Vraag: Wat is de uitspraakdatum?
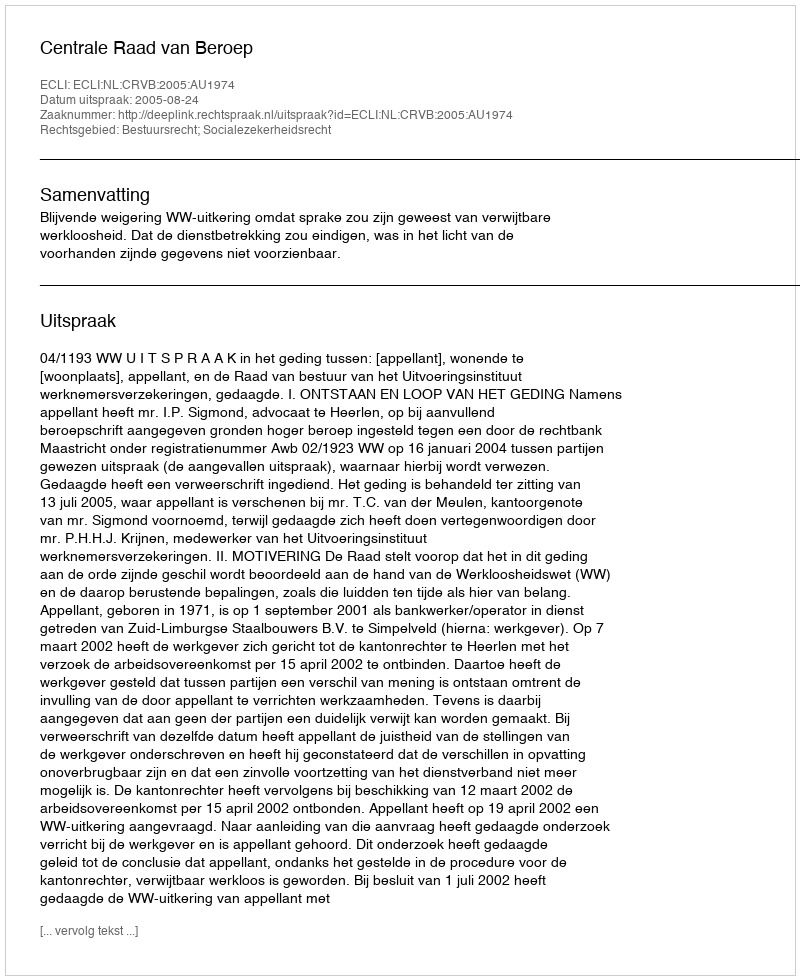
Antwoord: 2005-08-24